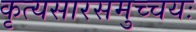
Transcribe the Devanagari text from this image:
कृत्यसारसमुच्चयः